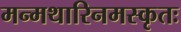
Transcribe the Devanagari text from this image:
मन्मथारिनमस्कृतः